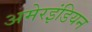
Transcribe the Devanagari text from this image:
अमेरइंडियन